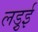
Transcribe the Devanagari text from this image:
लड़ुई